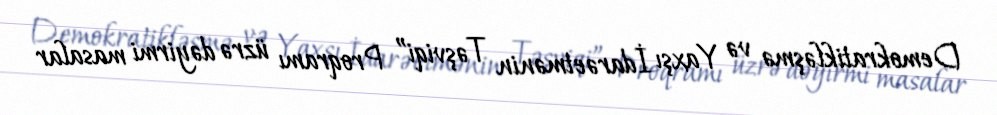
Demokratikləşmə və Yaxşı İdarəetmənin Təşviqi” Proqramı üzrə dəyirmi masalar